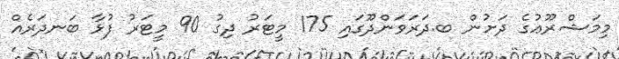
މިމަޝްރޫޢުގެ ދަށުން ބ.ދަރަވަންދޫގައި 175 މީޓަރު ދިގު 90 މީޓަރު ފުޅާ ބަނދަރެއް